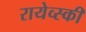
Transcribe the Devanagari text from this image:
रायेव्स्की